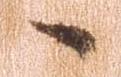
へ